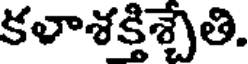
కలాశక్తిశ్చేతి.